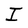
Character: I